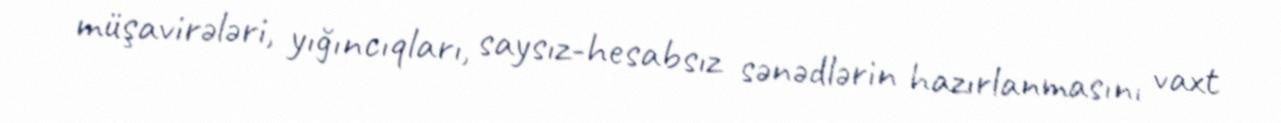
müşavirələri, yığıncıqları, saysız-hesabsız sənədlərin hazırlanmasını vaxt